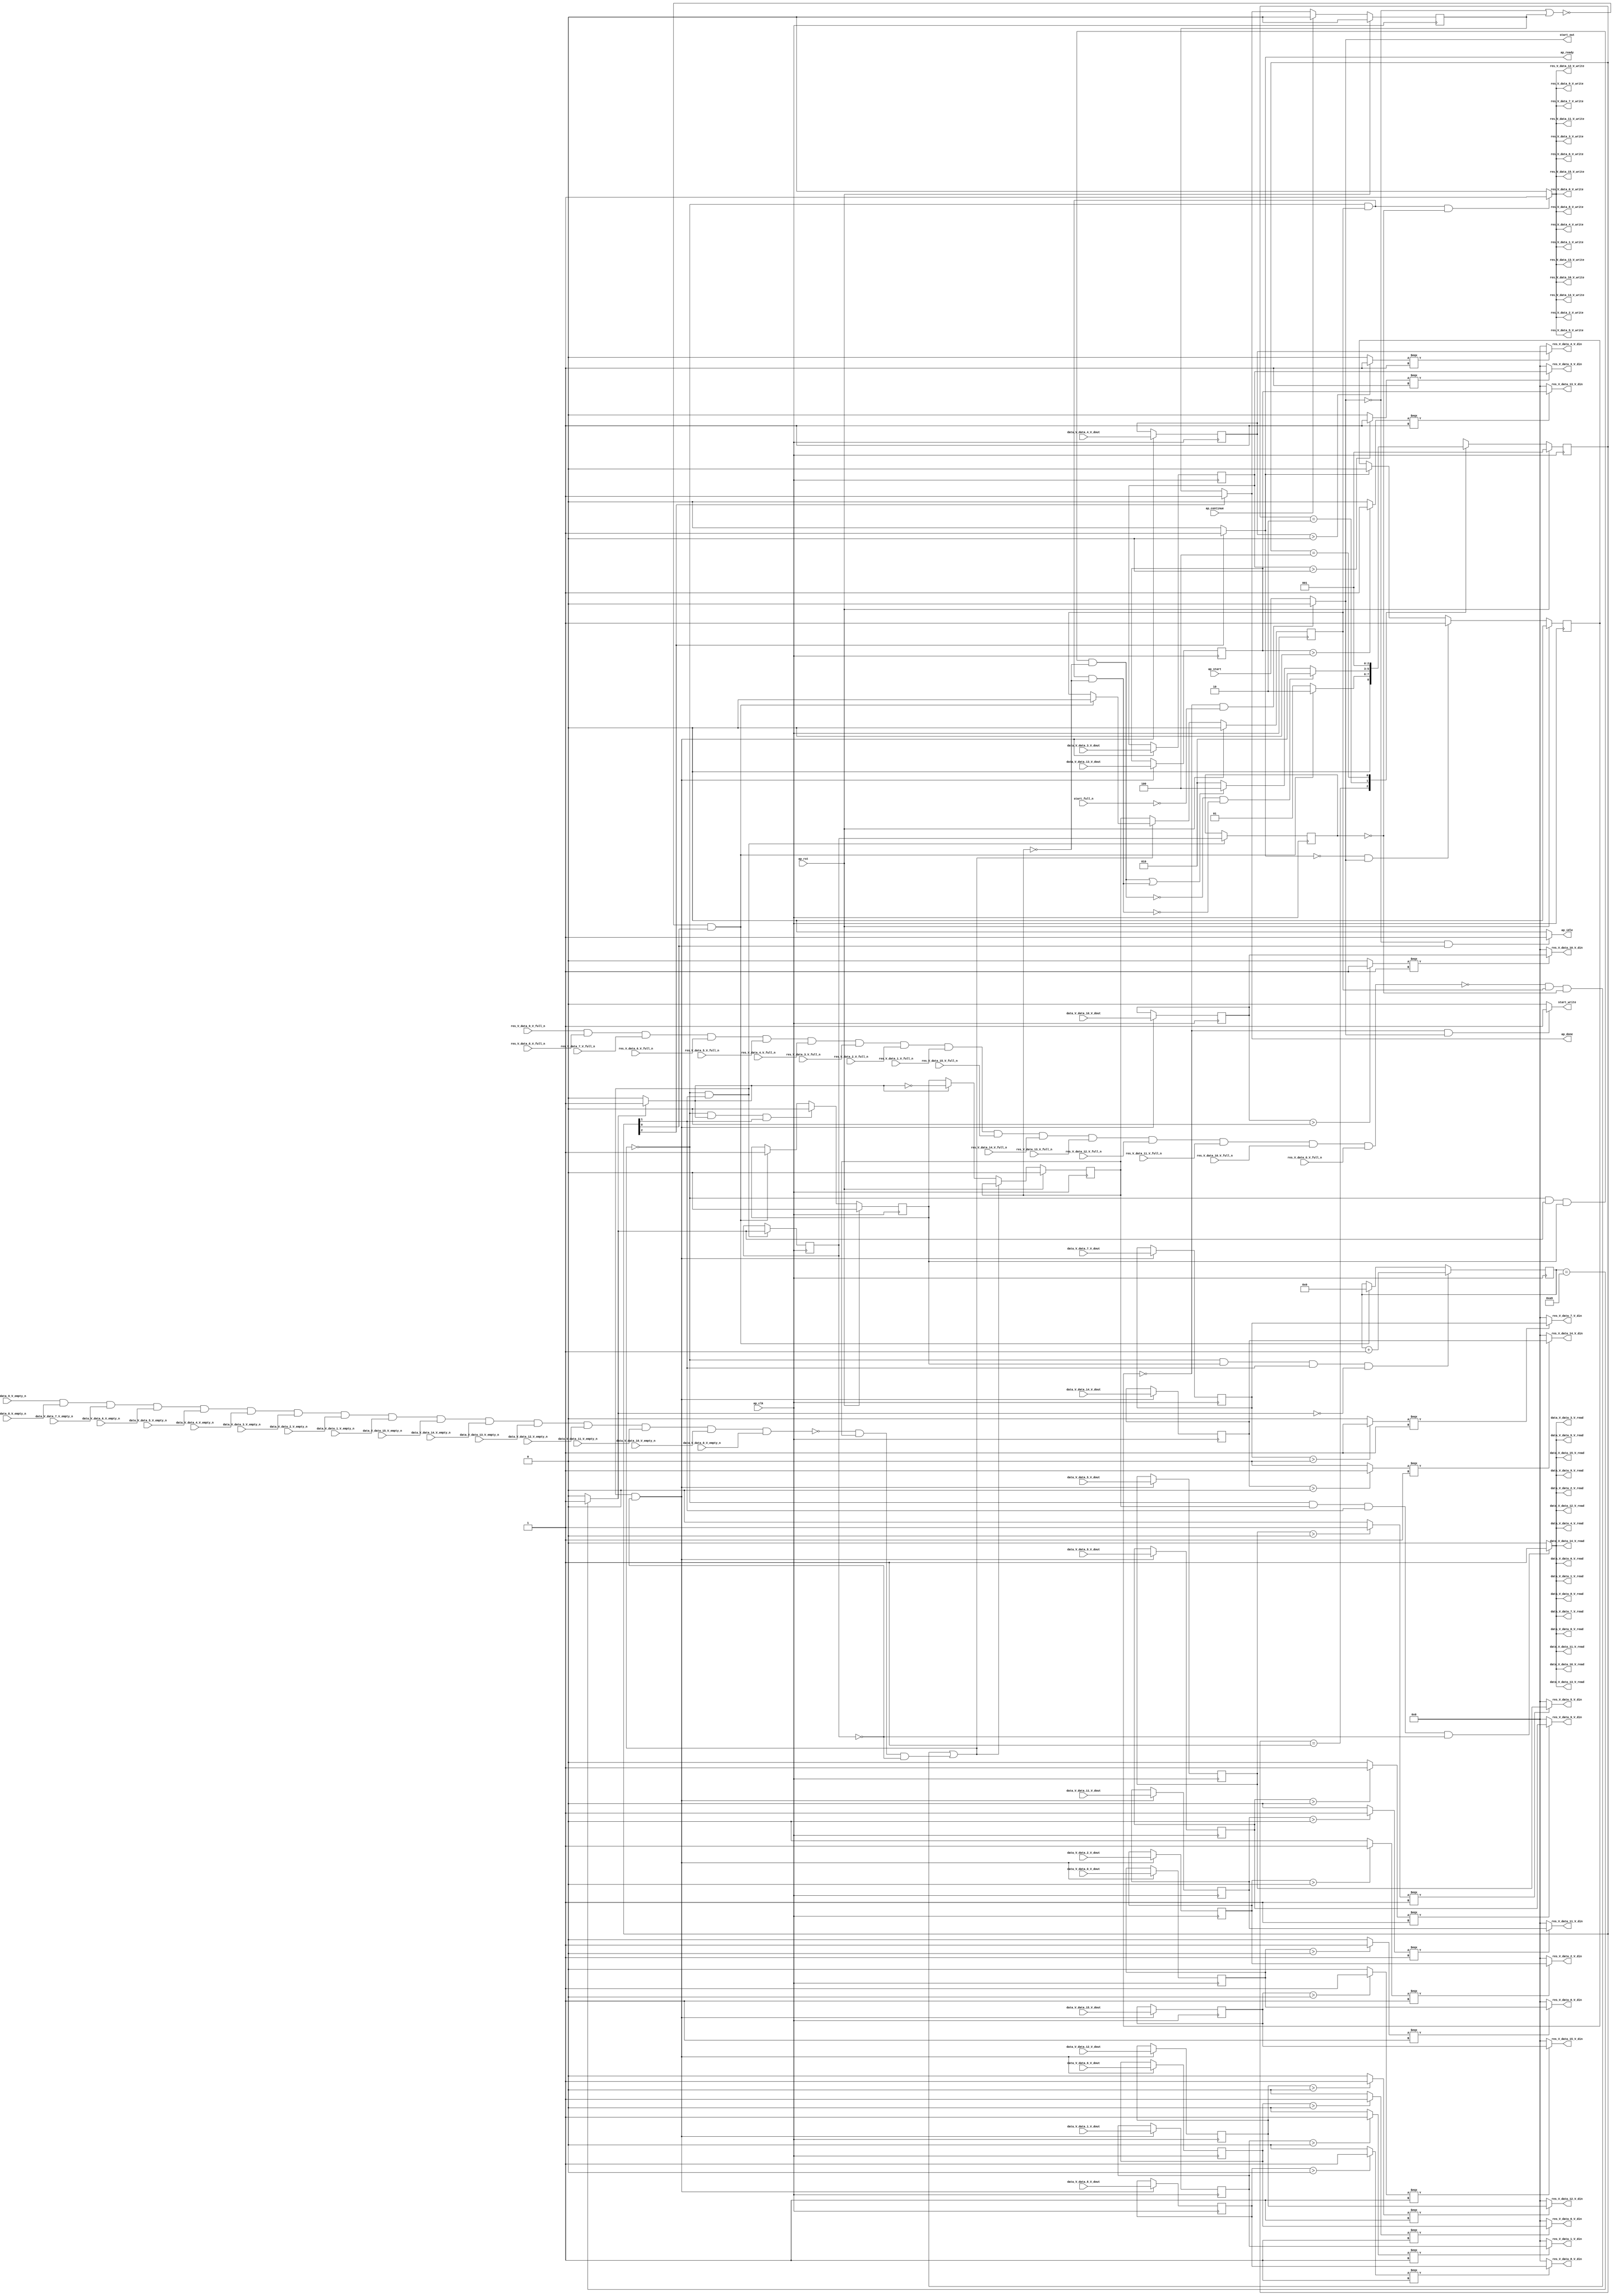
// ==============================================================
// RTL generated by Vivado(TM) HLS - High-Level Synthesis from C, C++ and OpenCL
// Version: 2019.2
// Copyright (C) 1986-2019 Xilinx, Inc. All Rights Reserved.
// 
// ===========================================================

`timescale 1 ns / 1 ps 

module relu_array_array_ap_fixed_16u_relu_config10_s (
        ap_clk,
        ap_rst,
        ap_start,
        start_full_n,
        ap_done,
        ap_continue,
        ap_idle,
        ap_ready,
        start_out,
        start_write,
        data_V_data_0_V_dout,
        data_V_data_0_V_empty_n,
        data_V_data_0_V_read,
        data_V_data_1_V_dout,
        data_V_data_1_V_empty_n,
        data_V_data_1_V_read,
        data_V_data_2_V_dout,
        data_V_data_2_V_empty_n,
        data_V_data_2_V_read,
        data_V_data_3_V_dout,
        data_V_data_3_V_empty_n,
        data_V_data_3_V_read,
        data_V_data_4_V_dout,
        data_V_data_4_V_empty_n,
        data_V_data_4_V_read,
        data_V_data_5_V_dout,
        data_V_data_5_V_empty_n,
        data_V_data_5_V_read,
        data_V_data_6_V_dout,
        data_V_data_6_V_empty_n,
        data_V_data_6_V_read,
        data_V_data_7_V_dout,
        data_V_data_7_V_empty_n,
        data_V_data_7_V_read,
        data_V_data_8_V_dout,
        data_V_data_8_V_empty_n,
        data_V_data_8_V_read,
        data_V_data_9_V_dout,
        data_V_data_9_V_empty_n,
        data_V_data_9_V_read,
        data_V_data_10_V_dout,
        data_V_data_10_V_empty_n,
        data_V_data_10_V_read,
        data_V_data_11_V_dout,
        data_V_data_11_V_empty_n,
        data_V_data_11_V_read,
        data_V_data_12_V_dout,
        data_V_data_12_V_empty_n,
        data_V_data_12_V_read,
        data_V_data_13_V_dout,
        data_V_data_13_V_empty_n,
        data_V_data_13_V_read,
        data_V_data_14_V_dout,
        data_V_data_14_V_empty_n,
        data_V_data_14_V_read,
        data_V_data_15_V_dout,
        data_V_data_15_V_empty_n,
        data_V_data_15_V_read,
        res_V_data_0_V_din,
        res_V_data_0_V_full_n,
        res_V_data_0_V_write,
        res_V_data_1_V_din,
        res_V_data_1_V_full_n,
        res_V_data_1_V_write,
        res_V_data_2_V_din,
        res_V_data_2_V_full_n,
        res_V_data_2_V_write,
        res_V_data_3_V_din,
        res_V_data_3_V_full_n,
        res_V_data_3_V_write,
        res_V_data_4_V_din,
        res_V_data_4_V_full_n,
        res_V_data_4_V_write,
        res_V_data_5_V_din,
        res_V_data_5_V_full_n,
        res_V_data_5_V_write,
        res_V_data_6_V_din,
        res_V_data_6_V_full_n,
        res_V_data_6_V_write,
        res_V_data_7_V_din,
        res_V_data_7_V_full_n,
        res_V_data_7_V_write,
        res_V_data_8_V_din,
        res_V_data_8_V_full_n,
        res_V_data_8_V_write,
        res_V_data_9_V_din,
        res_V_data_9_V_full_n,
        res_V_data_9_V_write,
        res_V_data_10_V_din,
        res_V_data_10_V_full_n,
        res_V_data_10_V_write,
        res_V_data_11_V_din,
        res_V_data_11_V_full_n,
        res_V_data_11_V_write,
        res_V_data_12_V_din,
        res_V_data_12_V_full_n,
        res_V_data_12_V_write,
        res_V_data_13_V_din,
        res_V_data_13_V_full_n,
        res_V_data_13_V_write,
        res_V_data_14_V_din,
        res_V_data_14_V_full_n,
        res_V_data_14_V_write,
        res_V_data_15_V_din,
        res_V_data_15_V_full_n,
        res_V_data_15_V_write
);

parameter    ap_ST_fsm_state1 = 3'd1;
parameter    ap_ST_fsm_pp0_stage0 = 3'd2;
parameter    ap_ST_fsm_state5 = 3'd4;

input   ap_clk;
input   ap_rst;
input   ap_start;
input   start_full_n;
output   ap_done;
input   ap_continue;
output   ap_idle;
output   ap_ready;
output   start_out;
output   start_write;
input  [15:0] data_V_data_0_V_dout;
input   data_V_data_0_V_empty_n;
output   data_V_data_0_V_read;
input  [15:0] data_V_data_1_V_dout;
input   data_V_data_1_V_empty_n;
output   data_V_data_1_V_read;
input  [15:0] data_V_data_2_V_dout;
input   data_V_data_2_V_empty_n;
output   data_V_data_2_V_read;
input  [15:0] data_V_data_3_V_dout;
input   data_V_data_3_V_empty_n;
output   data_V_data_3_V_read;
input  [15:0] data_V_data_4_V_dout;
input   data_V_data_4_V_empty_n;
output   data_V_data_4_V_read;
input  [15:0] data_V_data_5_V_dout;
input   data_V_data_5_V_empty_n;
output   data_V_data_5_V_read;
input  [15:0] data_V_data_6_V_dout;
input   data_V_data_6_V_empty_n;
output   data_V_data_6_V_read;
input  [15:0] data_V_data_7_V_dout;
input   data_V_data_7_V_empty_n;
output   data_V_data_7_V_read;
input  [15:0] data_V_data_8_V_dout;
input   data_V_data_8_V_empty_n;
output   data_V_data_8_V_read;
input  [15:0] data_V_data_9_V_dout;
input   data_V_data_9_V_empty_n;
output   data_V_data_9_V_read;
input  [15:0] data_V_data_10_V_dout;
input   data_V_data_10_V_empty_n;
output   data_V_data_10_V_read;
input  [15:0] data_V_data_11_V_dout;
input   data_V_data_11_V_empty_n;
output   data_V_data_11_V_read;
input  [15:0] data_V_data_12_V_dout;
input   data_V_data_12_V_empty_n;
output   data_V_data_12_V_read;
input  [15:0] data_V_data_13_V_dout;
input   data_V_data_13_V_empty_n;
output   data_V_data_13_V_read;
input  [15:0] data_V_data_14_V_dout;
input   data_V_data_14_V_empty_n;
output   data_V_data_14_V_read;
input  [15:0] data_V_data_15_V_dout;
input   data_V_data_15_V_empty_n;
output   data_V_data_15_V_read;
output  [15:0] res_V_data_0_V_din;
input   res_V_data_0_V_full_n;
output   res_V_data_0_V_write;
output  [15:0] res_V_data_1_V_din;
input   res_V_data_1_V_full_n;
output   res_V_data_1_V_write;
output  [15:0] res_V_data_2_V_din;
input   res_V_data_2_V_full_n;
output   res_V_data_2_V_write;
output  [15:0] res_V_data_3_V_din;
input   res_V_data_3_V_full_n;
output   res_V_data_3_V_write;
output  [15:0] res_V_data_4_V_din;
input   res_V_data_4_V_full_n;
output   res_V_data_4_V_write;
output  [15:0] res_V_data_5_V_din;
input   res_V_data_5_V_full_n;
output   res_V_data_5_V_write;
output  [15:0] res_V_data_6_V_din;
input   res_V_data_6_V_full_n;
output   res_V_data_6_V_write;
output  [15:0] res_V_data_7_V_din;
input   res_V_data_7_V_full_n;
output   res_V_data_7_V_write;
output  [15:0] res_V_data_8_V_din;
input   res_V_data_8_V_full_n;
output   res_V_data_8_V_write;
output  [15:0] res_V_data_9_V_din;
input   res_V_data_9_V_full_n;
output   res_V_data_9_V_write;
output  [15:0] res_V_data_10_V_din;
input   res_V_data_10_V_full_n;
output   res_V_data_10_V_write;
output  [15:0] res_V_data_11_V_din;
input   res_V_data_11_V_full_n;
output   res_V_data_11_V_write;
output  [15:0] res_V_data_12_V_din;
input   res_V_data_12_V_full_n;
output   res_V_data_12_V_write;
output  [15:0] res_V_data_13_V_din;
input   res_V_data_13_V_full_n;
output   res_V_data_13_V_write;
output  [15:0] res_V_data_14_V_din;
input   res_V_data_14_V_full_n;
output   res_V_data_14_V_write;
output  [15:0] res_V_data_15_V_din;
input   res_V_data_15_V_full_n;
output   res_V_data_15_V_write;

reg ap_done;
reg ap_idle;
reg start_write;
reg data_V_data_0_V_read;
reg data_V_data_1_V_read;
reg data_V_data_2_V_read;
reg data_V_data_3_V_read;
reg data_V_data_4_V_read;
reg data_V_data_5_V_read;
reg data_V_data_6_V_read;
reg data_V_data_7_V_read;
reg data_V_data_8_V_read;
reg data_V_data_9_V_read;
reg data_V_data_10_V_read;
reg data_V_data_11_V_read;
reg data_V_data_12_V_read;
reg data_V_data_13_V_read;
reg data_V_data_14_V_read;
reg data_V_data_15_V_read;
reg res_V_data_0_V_write;
reg res_V_data_1_V_write;
reg res_V_data_2_V_write;
reg res_V_data_3_V_write;
reg res_V_data_4_V_write;
reg res_V_data_5_V_write;
reg res_V_data_6_V_write;
reg res_V_data_7_V_write;
reg res_V_data_8_V_write;
reg res_V_data_9_V_write;
reg res_V_data_10_V_write;
reg res_V_data_11_V_write;
reg res_V_data_12_V_write;
reg res_V_data_13_V_write;
reg res_V_data_14_V_write;
reg res_V_data_15_V_write;

reg    real_start;
reg    start_once_reg;
reg    ap_done_reg;
(* fsm_encoding = "none" *) reg   [2:0] ap_CS_fsm;
wire    ap_CS_fsm_state1;
reg    internal_ap_ready;
reg    data_V_data_0_V_blk_n;
wire    ap_CS_fsm_pp0_stage0;
reg    ap_enable_reg_pp0_iter1;
wire    ap_block_pp0_stage0;
reg   [0:0] icmp_ln60_reg_873;
reg    data_V_data_1_V_blk_n;
reg    data_V_data_2_V_blk_n;
reg    data_V_data_3_V_blk_n;
reg    data_V_data_4_V_blk_n;
reg    data_V_data_5_V_blk_n;
reg    data_V_data_6_V_blk_n;
reg    data_V_data_7_V_blk_n;
reg    data_V_data_8_V_blk_n;
reg    data_V_data_9_V_blk_n;
reg    data_V_data_10_V_blk_n;
reg    data_V_data_11_V_blk_n;
reg    data_V_data_12_V_blk_n;
reg    data_V_data_13_V_blk_n;
reg    data_V_data_14_V_blk_n;
reg    data_V_data_15_V_blk_n;
reg    res_V_data_0_V_blk_n;
reg    ap_enable_reg_pp0_iter2;
reg   [0:0] icmp_ln60_reg_873_pp0_iter1_reg;
reg    res_V_data_1_V_blk_n;
reg    res_V_data_2_V_blk_n;
reg    res_V_data_3_V_blk_n;
reg    res_V_data_4_V_blk_n;
reg    res_V_data_5_V_blk_n;
reg    res_V_data_6_V_blk_n;
reg    res_V_data_7_V_blk_n;
reg    res_V_data_8_V_blk_n;
reg    res_V_data_9_V_blk_n;
reg    res_V_data_10_V_blk_n;
reg    res_V_data_11_V_blk_n;
reg    res_V_data_12_V_blk_n;
reg    res_V_data_13_V_blk_n;
reg    res_V_data_14_V_blk_n;
reg    res_V_data_15_V_blk_n;
reg   [7:0] i_0_reg_578;
wire   [0:0] icmp_ln60_fu_589_p2;
wire    ap_block_state2_pp0_stage0_iter0;
wire    io_acc_block_signal_op44;
reg    ap_block_state3_pp0_stage0_iter1;
wire    io_acc_block_signal_op96;
reg    ap_block_state4_pp0_stage0_iter2;
reg    ap_block_pp0_stage0_11001;
wire   [7:0] i_fu_595_p2;
reg    ap_enable_reg_pp0_iter0;
reg   [15:0] tmp_data_V_0_reg_882;
reg   [15:0] tmp_data_V_1_reg_888;
reg   [15:0] tmp_data_V_2_reg_894;
reg   [15:0] tmp_data_V_3_reg_900;
reg   [15:0] tmp_data_V_4_reg_906;
reg   [15:0] tmp_data_V_5_reg_912;
reg   [15:0] tmp_data_V_621_reg_918;
reg   [15:0] tmp_data_V_7_reg_924;
reg   [15:0] tmp_data_V_8_reg_930;
reg   [15:0] tmp_data_V_9_reg_936;
reg   [15:0] tmp_data_V_10_reg_942;
reg   [15:0] tmp_data_V_11_reg_948;
reg   [15:0] tmp_data_V_12_reg_954;
reg   [15:0] tmp_data_V_13_reg_960;
reg   [15:0] tmp_data_V_14_reg_966;
reg   [15:0] tmp_data_V_15_reg_972;
reg    ap_block_state1;
reg    ap_block_pp0_stage0_subdone;
reg    ap_condition_pp0_exit_iter0_state2;
reg    ap_block_pp0_stage0_01001;
wire   [0:0] icmp_ln1494_fu_665_p2;
wire   [0:0] icmp_ln1494_1_fu_678_p2;
wire   [0:0] icmp_ln1494_2_fu_691_p2;
wire   [0:0] icmp_ln1494_3_fu_704_p2;
wire   [0:0] icmp_ln1494_4_fu_717_p2;
wire   [0:0] icmp_ln1494_5_fu_730_p2;
wire   [0:0] icmp_ln1494_6_fu_743_p2;
wire   [0:0] icmp_ln1494_7_fu_756_p2;
wire   [0:0] icmp_ln1494_8_fu_769_p2;
wire   [0:0] icmp_ln1494_9_fu_782_p2;
wire   [0:0] icmp_ln1494_10_fu_795_p2;
wire   [0:0] icmp_ln1494_11_fu_808_p2;
wire   [0:0] icmp_ln1494_12_fu_821_p2;
wire   [0:0] icmp_ln1494_13_fu_834_p2;
wire   [0:0] icmp_ln1494_14_fu_847_p2;
wire   [0:0] icmp_ln1494_15_fu_860_p2;
wire    ap_CS_fsm_state5;
reg   [2:0] ap_NS_fsm;
reg    ap_idle_pp0;
wire    ap_enable_pp0;

// power-on initialization
initial begin
#0 start_once_reg = 1'b0;
#0 ap_done_reg = 1'b0;
#0 ap_CS_fsm = 3'd1;
#0 ap_enable_reg_pp0_iter1 = 1'b0;
#0 ap_enable_reg_pp0_iter2 = 1'b0;
#0 ap_enable_reg_pp0_iter0 = 1'b0;
end

always @ (posedge ap_clk) begin
    if (ap_rst == 1'b1) begin
        ap_CS_fsm <= ap_ST_fsm_state1;
    end else begin
        ap_CS_fsm <= ap_NS_fsm;
    end
end

always @ (posedge ap_clk) begin
    if (ap_rst == 1'b1) begin
        ap_done_reg <= 1'b0;
    end else begin
        if ((ap_continue == 1'b1)) begin
            ap_done_reg <= 1'b0;
        end else if ((1'b1 == ap_CS_fsm_state5)) begin
            ap_done_reg <= 1'b1;
        end
    end
end

always @ (posedge ap_clk) begin
    if (ap_rst == 1'b1) begin
        ap_enable_reg_pp0_iter0 <= 1'b0;
    end else begin
        if (((1'b0 == ap_block_pp0_stage0_subdone) & (1'b1 == ap_condition_pp0_exit_iter0_state2) & (1'b1 == ap_CS_fsm_pp0_stage0))) begin
            ap_enable_reg_pp0_iter0 <= 1'b0;
        end else if ((~((real_start == 1'b0) | (ap_done_reg == 1'b1)) & (1'b1 == ap_CS_fsm_state1))) begin
            ap_enable_reg_pp0_iter0 <= 1'b1;
        end
    end
end

always @ (posedge ap_clk) begin
    if (ap_rst == 1'b1) begin
        ap_enable_reg_pp0_iter1 <= 1'b0;
    end else begin
        if ((1'b0 == ap_block_pp0_stage0_subdone)) begin
            if ((1'b1 == ap_condition_pp0_exit_iter0_state2)) begin
                ap_enable_reg_pp0_iter1 <= (1'b1 ^ ap_condition_pp0_exit_iter0_state2);
            end else if ((1'b1 == 1'b1)) begin
                ap_enable_reg_pp0_iter1 <= ap_enable_reg_pp0_iter0;
            end
        end
    end
end

always @ (posedge ap_clk) begin
    if (ap_rst == 1'b1) begin
        ap_enable_reg_pp0_iter2 <= 1'b0;
    end else begin
        if ((1'b0 == ap_block_pp0_stage0_subdone)) begin
            ap_enable_reg_pp0_iter2 <= ap_enable_reg_pp0_iter1;
        end else if ((~((real_start == 1'b0) | (ap_done_reg == 1'b1)) & (1'b1 == ap_CS_fsm_state1))) begin
            ap_enable_reg_pp0_iter2 <= 1'b0;
        end
    end
end

always @ (posedge ap_clk) begin
    if (ap_rst == 1'b1) begin
        start_once_reg <= 1'b0;
    end else begin
        if (((internal_ap_ready == 1'b0) & (real_start == 1'b1))) begin
            start_once_reg <= 1'b1;
        end else if ((internal_ap_ready == 1'b1)) begin
            start_once_reg <= 1'b0;
        end
    end
end

always @ (posedge ap_clk) begin
    if (((1'b0 == ap_block_pp0_stage0_11001) & (ap_enable_reg_pp0_iter0 == 1'b1) & (1'b1 == ap_CS_fsm_pp0_stage0) & (icmp_ln60_fu_589_p2 == 1'd0))) begin
        i_0_reg_578 <= i_fu_595_p2;
    end else if ((~((real_start == 1'b0) | (ap_done_reg == 1'b1)) & (1'b1 == ap_CS_fsm_state1))) begin
        i_0_reg_578 <= 8'd0;
    end
end

always @ (posedge ap_clk) begin
    if (((1'b0 == ap_block_pp0_stage0_11001) & (1'b1 == ap_CS_fsm_pp0_stage0))) begin
        icmp_ln60_reg_873 <= icmp_ln60_fu_589_p2;
        icmp_ln60_reg_873_pp0_iter1_reg <= icmp_ln60_reg_873;
    end
end

always @ (posedge ap_clk) begin
    if (((1'b0 == ap_block_pp0_stage0_11001) & (1'b1 == ap_CS_fsm_pp0_stage0) & (icmp_ln60_reg_873 == 1'd0))) begin
        tmp_data_V_0_reg_882 <= data_V_data_0_V_dout;
        tmp_data_V_10_reg_942 <= data_V_data_10_V_dout;
        tmp_data_V_11_reg_948 <= data_V_data_11_V_dout;
        tmp_data_V_12_reg_954 <= data_V_data_12_V_dout;
        tmp_data_V_13_reg_960 <= data_V_data_13_V_dout;
        tmp_data_V_14_reg_966 <= data_V_data_14_V_dout;
        tmp_data_V_15_reg_972 <= data_V_data_15_V_dout;
        tmp_data_V_1_reg_888 <= data_V_data_1_V_dout;
        tmp_data_V_2_reg_894 <= data_V_data_2_V_dout;
        tmp_data_V_3_reg_900 <= data_V_data_3_V_dout;
        tmp_data_V_4_reg_906 <= data_V_data_4_V_dout;
        tmp_data_V_5_reg_912 <= data_V_data_5_V_dout;
        tmp_data_V_621_reg_918 <= data_V_data_6_V_dout;
        tmp_data_V_7_reg_924 <= data_V_data_7_V_dout;
        tmp_data_V_8_reg_930 <= data_V_data_8_V_dout;
        tmp_data_V_9_reg_936 <= data_V_data_9_V_dout;
    end
end

always @ (*) begin
    if ((icmp_ln60_fu_589_p2 == 1'd1)) begin
        ap_condition_pp0_exit_iter0_state2 = 1'b1;
    end else begin
        ap_condition_pp0_exit_iter0_state2 = 1'b0;
    end
end

always @ (*) begin
    if ((1'b1 == ap_CS_fsm_state5)) begin
        ap_done = 1'b1;
    end else begin
        ap_done = ap_done_reg;
    end
end

always @ (*) begin
    if (((real_start == 1'b0) & (1'b1 == ap_CS_fsm_state1))) begin
        ap_idle = 1'b1;
    end else begin
        ap_idle = 1'b0;
    end
end

always @ (*) begin
    if (((ap_enable_reg_pp0_iter0 == 1'b0) & (ap_enable_reg_pp0_iter2 == 1'b0) & (ap_enable_reg_pp0_iter1 == 1'b0))) begin
        ap_idle_pp0 = 1'b1;
    end else begin
        ap_idle_pp0 = 1'b0;
    end
end

always @ (*) begin
    if (((ap_enable_reg_pp0_iter1 == 1'b1) & (1'b1 == ap_CS_fsm_pp0_stage0) & (icmp_ln60_reg_873 == 1'd0) & (1'b0 == ap_block_pp0_stage0))) begin
        data_V_data_0_V_blk_n = data_V_data_0_V_empty_n;
    end else begin
        data_V_data_0_V_blk_n = 1'b1;
    end
end

always @ (*) begin
    if (((1'b0 == ap_block_pp0_stage0_11001) & (ap_enable_reg_pp0_iter1 == 1'b1) & (1'b1 == ap_CS_fsm_pp0_stage0) & (icmp_ln60_reg_873 == 1'd0))) begin
        data_V_data_0_V_read = 1'b1;
    end else begin
        data_V_data_0_V_read = 1'b0;
    end
end

always @ (*) begin
    if (((ap_enable_reg_pp0_iter1 == 1'b1) & (1'b1 == ap_CS_fsm_pp0_stage0) & (icmp_ln60_reg_873 == 1'd0) & (1'b0 == ap_block_pp0_stage0))) begin
        data_V_data_10_V_blk_n = data_V_data_10_V_empty_n;
    end else begin
        data_V_data_10_V_blk_n = 1'b1;
    end
end

always @ (*) begin
    if (((1'b0 == ap_block_pp0_stage0_11001) & (ap_enable_reg_pp0_iter1 == 1'b1) & (1'b1 == ap_CS_fsm_pp0_stage0) & (icmp_ln60_reg_873 == 1'd0))) begin
        data_V_data_10_V_read = 1'b1;
    end else begin
        data_V_data_10_V_read = 1'b0;
    end
end

always @ (*) begin
    if (((ap_enable_reg_pp0_iter1 == 1'b1) & (1'b1 == ap_CS_fsm_pp0_stage0) & (icmp_ln60_reg_873 == 1'd0) & (1'b0 == ap_block_pp0_stage0))) begin
        data_V_data_11_V_blk_n = data_V_data_11_V_empty_n;
    end else begin
        data_V_data_11_V_blk_n = 1'b1;
    end
end

always @ (*) begin
    if (((1'b0 == ap_block_pp0_stage0_11001) & (ap_enable_reg_pp0_iter1 == 1'b1) & (1'b1 == ap_CS_fsm_pp0_stage0) & (icmp_ln60_reg_873 == 1'd0))) begin
        data_V_data_11_V_read = 1'b1;
    end else begin
        data_V_data_11_V_read = 1'b0;
    end
end

always @ (*) begin
    if (((ap_enable_reg_pp0_iter1 == 1'b1) & (1'b1 == ap_CS_fsm_pp0_stage0) & (icmp_ln60_reg_873 == 1'd0) & (1'b0 == ap_block_pp0_stage0))) begin
        data_V_data_12_V_blk_n = data_V_data_12_V_empty_n;
    end else begin
        data_V_data_12_V_blk_n = 1'b1;
    end
end

always @ (*) begin
    if (((1'b0 == ap_block_pp0_stage0_11001) & (ap_enable_reg_pp0_iter1 == 1'b1) & (1'b1 == ap_CS_fsm_pp0_stage0) & (icmp_ln60_reg_873 == 1'd0))) begin
        data_V_data_12_V_read = 1'b1;
    end else begin
        data_V_data_12_V_read = 1'b0;
    end
end

always @ (*) begin
    if (((ap_enable_reg_pp0_iter1 == 1'b1) & (1'b1 == ap_CS_fsm_pp0_stage0) & (icmp_ln60_reg_873 == 1'd0) & (1'b0 == ap_block_pp0_stage0))) begin
        data_V_data_13_V_blk_n = data_V_data_13_V_empty_n;
    end else begin
        data_V_data_13_V_blk_n = 1'b1;
    end
end

always @ (*) begin
    if (((1'b0 == ap_block_pp0_stage0_11001) & (ap_enable_reg_pp0_iter1 == 1'b1) & (1'b1 == ap_CS_fsm_pp0_stage0) & (icmp_ln60_reg_873 == 1'd0))) begin
        data_V_data_13_V_read = 1'b1;
    end else begin
        data_V_data_13_V_read = 1'b0;
    end
end

always @ (*) begin
    if (((ap_enable_reg_pp0_iter1 == 1'b1) & (1'b1 == ap_CS_fsm_pp0_stage0) & (icmp_ln60_reg_873 == 1'd0) & (1'b0 == ap_block_pp0_stage0))) begin
        data_V_data_14_V_blk_n = data_V_data_14_V_empty_n;
    end else begin
        data_V_data_14_V_blk_n = 1'b1;
    end
end

always @ (*) begin
    if (((1'b0 == ap_block_pp0_stage0_11001) & (ap_enable_reg_pp0_iter1 == 1'b1) & (1'b1 == ap_CS_fsm_pp0_stage0) & (icmp_ln60_reg_873 == 1'd0))) begin
        data_V_data_14_V_read = 1'b1;
    end else begin
        data_V_data_14_V_read = 1'b0;
    end
end

always @ (*) begin
    if (((ap_enable_reg_pp0_iter1 == 1'b1) & (1'b1 == ap_CS_fsm_pp0_stage0) & (icmp_ln60_reg_873 == 1'd0) & (1'b0 == ap_block_pp0_stage0))) begin
        data_V_data_15_V_blk_n = data_V_data_15_V_empty_n;
    end else begin
        data_V_data_15_V_blk_n = 1'b1;
    end
end

always @ (*) begin
    if (((1'b0 == ap_block_pp0_stage0_11001) & (ap_enable_reg_pp0_iter1 == 1'b1) & (1'b1 == ap_CS_fsm_pp0_stage0) & (icmp_ln60_reg_873 == 1'd0))) begin
        data_V_data_15_V_read = 1'b1;
    end else begin
        data_V_data_15_V_read = 1'b0;
    end
end

always @ (*) begin
    if (((ap_enable_reg_pp0_iter1 == 1'b1) & (1'b1 == ap_CS_fsm_pp0_stage0) & (icmp_ln60_reg_873 == 1'd0) & (1'b0 == ap_block_pp0_stage0))) begin
        data_V_data_1_V_blk_n = data_V_data_1_V_empty_n;
    end else begin
        data_V_data_1_V_blk_n = 1'b1;
    end
end

always @ (*) begin
    if (((1'b0 == ap_block_pp0_stage0_11001) & (ap_enable_reg_pp0_iter1 == 1'b1) & (1'b1 == ap_CS_fsm_pp0_stage0) & (icmp_ln60_reg_873 == 1'd0))) begin
        data_V_data_1_V_read = 1'b1;
    end else begin
        data_V_data_1_V_read = 1'b0;
    end
end

always @ (*) begin
    if (((ap_enable_reg_pp0_iter1 == 1'b1) & (1'b1 == ap_CS_fsm_pp0_stage0) & (icmp_ln60_reg_873 == 1'd0) & (1'b0 == ap_block_pp0_stage0))) begin
        data_V_data_2_V_blk_n = data_V_data_2_V_empty_n;
    end else begin
        data_V_data_2_V_blk_n = 1'b1;
    end
end

always @ (*) begin
    if (((1'b0 == ap_block_pp0_stage0_11001) & (ap_enable_reg_pp0_iter1 == 1'b1) & (1'b1 == ap_CS_fsm_pp0_stage0) & (icmp_ln60_reg_873 == 1'd0))) begin
        data_V_data_2_V_read = 1'b1;
    end else begin
        data_V_data_2_V_read = 1'b0;
    end
end

always @ (*) begin
    if (((ap_enable_reg_pp0_iter1 == 1'b1) & (1'b1 == ap_CS_fsm_pp0_stage0) & (icmp_ln60_reg_873 == 1'd0) & (1'b0 == ap_block_pp0_stage0))) begin
        data_V_data_3_V_blk_n = data_V_data_3_V_empty_n;
    end else begin
        data_V_data_3_V_blk_n = 1'b1;
    end
end

always @ (*) begin
    if (((1'b0 == ap_block_pp0_stage0_11001) & (ap_enable_reg_pp0_iter1 == 1'b1) & (1'b1 == ap_CS_fsm_pp0_stage0) & (icmp_ln60_reg_873 == 1'd0))) begin
        data_V_data_3_V_read = 1'b1;
    end else begin
        data_V_data_3_V_read = 1'b0;
    end
end

always @ (*) begin
    if (((ap_enable_reg_pp0_iter1 == 1'b1) & (1'b1 == ap_CS_fsm_pp0_stage0) & (icmp_ln60_reg_873 == 1'd0) & (1'b0 == ap_block_pp0_stage0))) begin
        data_V_data_4_V_blk_n = data_V_data_4_V_empty_n;
    end else begin
        data_V_data_4_V_blk_n = 1'b1;
    end
end

always @ (*) begin
    if (((1'b0 == ap_block_pp0_stage0_11001) & (ap_enable_reg_pp0_iter1 == 1'b1) & (1'b1 == ap_CS_fsm_pp0_stage0) & (icmp_ln60_reg_873 == 1'd0))) begin
        data_V_data_4_V_read = 1'b1;
    end else begin
        data_V_data_4_V_read = 1'b0;
    end
end

always @ (*) begin
    if (((ap_enable_reg_pp0_iter1 == 1'b1) & (1'b1 == ap_CS_fsm_pp0_stage0) & (icmp_ln60_reg_873 == 1'd0) & (1'b0 == ap_block_pp0_stage0))) begin
        data_V_data_5_V_blk_n = data_V_data_5_V_empty_n;
    end else begin
        data_V_data_5_V_blk_n = 1'b1;
    end
end

always @ (*) begin
    if (((1'b0 == ap_block_pp0_stage0_11001) & (ap_enable_reg_pp0_iter1 == 1'b1) & (1'b1 == ap_CS_fsm_pp0_stage0) & (icmp_ln60_reg_873 == 1'd0))) begin
        data_V_data_5_V_read = 1'b1;
    end else begin
        data_V_data_5_V_read = 1'b0;
    end
end

always @ (*) begin
    if (((ap_enable_reg_pp0_iter1 == 1'b1) & (1'b1 == ap_CS_fsm_pp0_stage0) & (icmp_ln60_reg_873 == 1'd0) & (1'b0 == ap_block_pp0_stage0))) begin
        data_V_data_6_V_blk_n = data_V_data_6_V_empty_n;
    end else begin
        data_V_data_6_V_blk_n = 1'b1;
    end
end

always @ (*) begin
    if (((1'b0 == ap_block_pp0_stage0_11001) & (ap_enable_reg_pp0_iter1 == 1'b1) & (1'b1 == ap_CS_fsm_pp0_stage0) & (icmp_ln60_reg_873 == 1'd0))) begin
        data_V_data_6_V_read = 1'b1;
    end else begin
        data_V_data_6_V_read = 1'b0;
    end
end

always @ (*) begin
    if (((ap_enable_reg_pp0_iter1 == 1'b1) & (1'b1 == ap_CS_fsm_pp0_stage0) & (icmp_ln60_reg_873 == 1'd0) & (1'b0 == ap_block_pp0_stage0))) begin
        data_V_data_7_V_blk_n = data_V_data_7_V_empty_n;
    end else begin
        data_V_data_7_V_blk_n = 1'b1;
    end
end

always @ (*) begin
    if (((1'b0 == ap_block_pp0_stage0_11001) & (ap_enable_reg_pp0_iter1 == 1'b1) & (1'b1 == ap_CS_fsm_pp0_stage0) & (icmp_ln60_reg_873 == 1'd0))) begin
        data_V_data_7_V_read = 1'b1;
    end else begin
        data_V_data_7_V_read = 1'b0;
    end
end

always @ (*) begin
    if (((ap_enable_reg_pp0_iter1 == 1'b1) & (1'b1 == ap_CS_fsm_pp0_stage0) & (icmp_ln60_reg_873 == 1'd0) & (1'b0 == ap_block_pp0_stage0))) begin
        data_V_data_8_V_blk_n = data_V_data_8_V_empty_n;
    end else begin
        data_V_data_8_V_blk_n = 1'b1;
    end
end

always @ (*) begin
    if (((1'b0 == ap_block_pp0_stage0_11001) & (ap_enable_reg_pp0_iter1 == 1'b1) & (1'b1 == ap_CS_fsm_pp0_stage0) & (icmp_ln60_reg_873 == 1'd0))) begin
        data_V_data_8_V_read = 1'b1;
    end else begin
        data_V_data_8_V_read = 1'b0;
    end
end

always @ (*) begin
    if (((ap_enable_reg_pp0_iter1 == 1'b1) & (1'b1 == ap_CS_fsm_pp0_stage0) & (icmp_ln60_reg_873 == 1'd0) & (1'b0 == ap_block_pp0_stage0))) begin
        data_V_data_9_V_blk_n = data_V_data_9_V_empty_n;
    end else begin
        data_V_data_9_V_blk_n = 1'b1;
    end
end

always @ (*) begin
    if (((1'b0 == ap_block_pp0_stage0_11001) & (ap_enable_reg_pp0_iter1 == 1'b1) & (1'b1 == ap_CS_fsm_pp0_stage0) & (icmp_ln60_reg_873 == 1'd0))) begin
        data_V_data_9_V_read = 1'b1;
    end else begin
        data_V_data_9_V_read = 1'b0;
    end
end

always @ (*) begin
    if ((1'b1 == ap_CS_fsm_state5)) begin
        internal_ap_ready = 1'b1;
    end else begin
        internal_ap_ready = 1'b0;
    end
end

always @ (*) begin
    if (((start_once_reg == 1'b0) & (start_full_n == 1'b0))) begin
        real_start = 1'b0;
    end else begin
        real_start = ap_start;
    end
end

always @ (*) begin
    if (((ap_enable_reg_pp0_iter2 == 1'b1) & (icmp_ln60_reg_873_pp0_iter1_reg == 1'd0) & (1'b0 == ap_block_pp0_stage0))) begin
        res_V_data_0_V_blk_n = res_V_data_0_V_full_n;
    end else begin
        res_V_data_0_V_blk_n = 1'b1;
    end
end

always @ (*) begin
    if (((1'b0 == ap_block_pp0_stage0_11001) & (ap_enable_reg_pp0_iter2 == 1'b1) & (icmp_ln60_reg_873_pp0_iter1_reg == 1'd0))) begin
        res_V_data_0_V_write = 1'b1;
    end else begin
        res_V_data_0_V_write = 1'b0;
    end
end

always @ (*) begin
    if (((ap_enable_reg_pp0_iter2 == 1'b1) & (icmp_ln60_reg_873_pp0_iter1_reg == 1'd0) & (1'b0 == ap_block_pp0_stage0))) begin
        res_V_data_10_V_blk_n = res_V_data_10_V_full_n;
    end else begin
        res_V_data_10_V_blk_n = 1'b1;
    end
end

always @ (*) begin
    if (((1'b0 == ap_block_pp0_stage0_11001) & (ap_enable_reg_pp0_iter2 == 1'b1) & (icmp_ln60_reg_873_pp0_iter1_reg == 1'd0))) begin
        res_V_data_10_V_write = 1'b1;
    end else begin
        res_V_data_10_V_write = 1'b0;
    end
end

always @ (*) begin
    if (((ap_enable_reg_pp0_iter2 == 1'b1) & (icmp_ln60_reg_873_pp0_iter1_reg == 1'd0) & (1'b0 == ap_block_pp0_stage0))) begin
        res_V_data_11_V_blk_n = res_V_data_11_V_full_n;
    end else begin
        res_V_data_11_V_blk_n = 1'b1;
    end
end

always @ (*) begin
    if (((1'b0 == ap_block_pp0_stage0_11001) & (ap_enable_reg_pp0_iter2 == 1'b1) & (icmp_ln60_reg_873_pp0_iter1_reg == 1'd0))) begin
        res_V_data_11_V_write = 1'b1;
    end else begin
        res_V_data_11_V_write = 1'b0;
    end
end

always @ (*) begin
    if (((ap_enable_reg_pp0_iter2 == 1'b1) & (icmp_ln60_reg_873_pp0_iter1_reg == 1'd0) & (1'b0 == ap_block_pp0_stage0))) begin
        res_V_data_12_V_blk_n = res_V_data_12_V_full_n;
    end else begin
        res_V_data_12_V_blk_n = 1'b1;
    end
end

always @ (*) begin
    if (((1'b0 == ap_block_pp0_stage0_11001) & (ap_enable_reg_pp0_iter2 == 1'b1) & (icmp_ln60_reg_873_pp0_iter1_reg == 1'd0))) begin
        res_V_data_12_V_write = 1'b1;
    end else begin
        res_V_data_12_V_write = 1'b0;
    end
end

always @ (*) begin
    if (((ap_enable_reg_pp0_iter2 == 1'b1) & (icmp_ln60_reg_873_pp0_iter1_reg == 1'd0) & (1'b0 == ap_block_pp0_stage0))) begin
        res_V_data_13_V_blk_n = res_V_data_13_V_full_n;
    end else begin
        res_V_data_13_V_blk_n = 1'b1;
    end
end

always @ (*) begin
    if (((1'b0 == ap_block_pp0_stage0_11001) & (ap_enable_reg_pp0_iter2 == 1'b1) & (icmp_ln60_reg_873_pp0_iter1_reg == 1'd0))) begin
        res_V_data_13_V_write = 1'b1;
    end else begin
        res_V_data_13_V_write = 1'b0;
    end
end

always @ (*) begin
    if (((ap_enable_reg_pp0_iter2 == 1'b1) & (icmp_ln60_reg_873_pp0_iter1_reg == 1'd0) & (1'b0 == ap_block_pp0_stage0))) begin
        res_V_data_14_V_blk_n = res_V_data_14_V_full_n;
    end else begin
        res_V_data_14_V_blk_n = 1'b1;
    end
end

always @ (*) begin
    if (((1'b0 == ap_block_pp0_stage0_11001) & (ap_enable_reg_pp0_iter2 == 1'b1) & (icmp_ln60_reg_873_pp0_iter1_reg == 1'd0))) begin
        res_V_data_14_V_write = 1'b1;
    end else begin
        res_V_data_14_V_write = 1'b0;
    end
end

always @ (*) begin
    if (((ap_enable_reg_pp0_iter2 == 1'b1) & (icmp_ln60_reg_873_pp0_iter1_reg == 1'd0) & (1'b0 == ap_block_pp0_stage0))) begin
        res_V_data_15_V_blk_n = res_V_data_15_V_full_n;
    end else begin
        res_V_data_15_V_blk_n = 1'b1;
    end
end

always @ (*) begin
    if (((1'b0 == ap_block_pp0_stage0_11001) & (ap_enable_reg_pp0_iter2 == 1'b1) & (icmp_ln60_reg_873_pp0_iter1_reg == 1'd0))) begin
        res_V_data_15_V_write = 1'b1;
    end else begin
        res_V_data_15_V_write = 1'b0;
    end
end

always @ (*) begin
    if (((ap_enable_reg_pp0_iter2 == 1'b1) & (icmp_ln60_reg_873_pp0_iter1_reg == 1'd0) & (1'b0 == ap_block_pp0_stage0))) begin
        res_V_data_1_V_blk_n = res_V_data_1_V_full_n;
    end else begin
        res_V_data_1_V_blk_n = 1'b1;
    end
end

always @ (*) begin
    if (((1'b0 == ap_block_pp0_stage0_11001) & (ap_enable_reg_pp0_iter2 == 1'b1) & (icmp_ln60_reg_873_pp0_iter1_reg == 1'd0))) begin
        res_V_data_1_V_write = 1'b1;
    end else begin
        res_V_data_1_V_write = 1'b0;
    end
end

always @ (*) begin
    if (((ap_enable_reg_pp0_iter2 == 1'b1) & (icmp_ln60_reg_873_pp0_iter1_reg == 1'd0) & (1'b0 == ap_block_pp0_stage0))) begin
        res_V_data_2_V_blk_n = res_V_data_2_V_full_n;
    end else begin
        res_V_data_2_V_blk_n = 1'b1;
    end
end

always @ (*) begin
    if (((1'b0 == ap_block_pp0_stage0_11001) & (ap_enable_reg_pp0_iter2 == 1'b1) & (icmp_ln60_reg_873_pp0_iter1_reg == 1'd0))) begin
        res_V_data_2_V_write = 1'b1;
    end else begin
        res_V_data_2_V_write = 1'b0;
    end
end

always @ (*) begin
    if (((ap_enable_reg_pp0_iter2 == 1'b1) & (icmp_ln60_reg_873_pp0_iter1_reg == 1'd0) & (1'b0 == ap_block_pp0_stage0))) begin
        res_V_data_3_V_blk_n = res_V_data_3_V_full_n;
    end else begin
        res_V_data_3_V_blk_n = 1'b1;
    end
end

always @ (*) begin
    if (((1'b0 == ap_block_pp0_stage0_11001) & (ap_enable_reg_pp0_iter2 == 1'b1) & (icmp_ln60_reg_873_pp0_iter1_reg == 1'd0))) begin
        res_V_data_3_V_write = 1'b1;
    end else begin
        res_V_data_3_V_write = 1'b0;
    end
end

always @ (*) begin
    if (((ap_enable_reg_pp0_iter2 == 1'b1) & (icmp_ln60_reg_873_pp0_iter1_reg == 1'd0) & (1'b0 == ap_block_pp0_stage0))) begin
        res_V_data_4_V_blk_n = res_V_data_4_V_full_n;
    end else begin
        res_V_data_4_V_blk_n = 1'b1;
    end
end

always @ (*) begin
    if (((1'b0 == ap_block_pp0_stage0_11001) & (ap_enable_reg_pp0_iter2 == 1'b1) & (icmp_ln60_reg_873_pp0_iter1_reg == 1'd0))) begin
        res_V_data_4_V_write = 1'b1;
    end else begin
        res_V_data_4_V_write = 1'b0;
    end
end

always @ (*) begin
    if (((ap_enable_reg_pp0_iter2 == 1'b1) & (icmp_ln60_reg_873_pp0_iter1_reg == 1'd0) & (1'b0 == ap_block_pp0_stage0))) begin
        res_V_data_5_V_blk_n = res_V_data_5_V_full_n;
    end else begin
        res_V_data_5_V_blk_n = 1'b1;
    end
end

always @ (*) begin
    if (((1'b0 == ap_block_pp0_stage0_11001) & (ap_enable_reg_pp0_iter2 == 1'b1) & (icmp_ln60_reg_873_pp0_iter1_reg == 1'd0))) begin
        res_V_data_5_V_write = 1'b1;
    end else begin
        res_V_data_5_V_write = 1'b0;
    end
end

always @ (*) begin
    if (((ap_enable_reg_pp0_iter2 == 1'b1) & (icmp_ln60_reg_873_pp0_iter1_reg == 1'd0) & (1'b0 == ap_block_pp0_stage0))) begin
        res_V_data_6_V_blk_n = res_V_data_6_V_full_n;
    end else begin
        res_V_data_6_V_blk_n = 1'b1;
    end
end

always @ (*) begin
    if (((1'b0 == ap_block_pp0_stage0_11001) & (ap_enable_reg_pp0_iter2 == 1'b1) & (icmp_ln60_reg_873_pp0_iter1_reg == 1'd0))) begin
        res_V_data_6_V_write = 1'b1;
    end else begin
        res_V_data_6_V_write = 1'b0;
    end
end

always @ (*) begin
    if (((ap_enable_reg_pp0_iter2 == 1'b1) & (icmp_ln60_reg_873_pp0_iter1_reg == 1'd0) & (1'b0 == ap_block_pp0_stage0))) begin
        res_V_data_7_V_blk_n = res_V_data_7_V_full_n;
    end else begin
        res_V_data_7_V_blk_n = 1'b1;
    end
end

always @ (*) begin
    if (((1'b0 == ap_block_pp0_stage0_11001) & (ap_enable_reg_pp0_iter2 == 1'b1) & (icmp_ln60_reg_873_pp0_iter1_reg == 1'd0))) begin
        res_V_data_7_V_write = 1'b1;
    end else begin
        res_V_data_7_V_write = 1'b0;
    end
end

always @ (*) begin
    if (((ap_enable_reg_pp0_iter2 == 1'b1) & (icmp_ln60_reg_873_pp0_iter1_reg == 1'd0) & (1'b0 == ap_block_pp0_stage0))) begin
        res_V_data_8_V_blk_n = res_V_data_8_V_full_n;
    end else begin
        res_V_data_8_V_blk_n = 1'b1;
    end
end

always @ (*) begin
    if (((1'b0 == ap_block_pp0_stage0_11001) & (ap_enable_reg_pp0_iter2 == 1'b1) & (icmp_ln60_reg_873_pp0_iter1_reg == 1'd0))) begin
        res_V_data_8_V_write = 1'b1;
    end else begin
        res_V_data_8_V_write = 1'b0;
    end
end

always @ (*) begin
    if (((ap_enable_reg_pp0_iter2 == 1'b1) & (icmp_ln60_reg_873_pp0_iter1_reg == 1'd0) & (1'b0 == ap_block_pp0_stage0))) begin
        res_V_data_9_V_blk_n = res_V_data_9_V_full_n;
    end else begin
        res_V_data_9_V_blk_n = 1'b1;
    end
end

always @ (*) begin
    if (((1'b0 == ap_block_pp0_stage0_11001) & (ap_enable_reg_pp0_iter2 == 1'b1) & (icmp_ln60_reg_873_pp0_iter1_reg == 1'd0))) begin
        res_V_data_9_V_write = 1'b1;
    end else begin
        res_V_data_9_V_write = 1'b0;
    end
end

always @ (*) begin
    if (((start_once_reg == 1'b0) & (real_start == 1'b1))) begin
        start_write = 1'b1;
    end else begin
        start_write = 1'b0;
    end
end

always @ (*) begin
    case (ap_CS_fsm)
        ap_ST_fsm_state1 : begin
            if ((~((real_start == 1'b0) | (ap_done_reg == 1'b1)) & (1'b1 == ap_CS_fsm_state1))) begin
                ap_NS_fsm = ap_ST_fsm_pp0_stage0;
            end else begin
                ap_NS_fsm = ap_ST_fsm_state1;
            end
        end
        ap_ST_fsm_pp0_stage0 : begin
            if ((~((1'b0 == ap_block_pp0_stage0_subdone) & (icmp_ln60_fu_589_p2 == 1'd1) & (ap_enable_reg_pp0_iter0 == 1'b1) & (ap_enable_reg_pp0_iter1 == 1'b0)) & ~((1'b0 == ap_block_pp0_stage0_subdone) & (ap_enable_reg_pp0_iter2 == 1'b1) & (ap_enable_reg_pp0_iter1 == 1'b0)))) begin
                ap_NS_fsm = ap_ST_fsm_pp0_stage0;
            end else if ((((1'b0 == ap_block_pp0_stage0_subdone) & (icmp_ln60_fu_589_p2 == 1'd1) & (ap_enable_reg_pp0_iter0 == 1'b1) & (ap_enable_reg_pp0_iter1 == 1'b0)) | ((1'b0 == ap_block_pp0_stage0_subdone) & (ap_enable_reg_pp0_iter2 == 1'b1) & (ap_enable_reg_pp0_iter1 == 1'b0)))) begin
                ap_NS_fsm = ap_ST_fsm_state5;
            end else begin
                ap_NS_fsm = ap_ST_fsm_pp0_stage0;
            end
        end
        ap_ST_fsm_state5 : begin
            ap_NS_fsm = ap_ST_fsm_state1;
        end
        default : begin
            ap_NS_fsm = 'bx;
        end
    endcase
end

assign ap_CS_fsm_pp0_stage0 = ap_CS_fsm[32'd1];

assign ap_CS_fsm_state1 = ap_CS_fsm[32'd0];

assign ap_CS_fsm_state5 = ap_CS_fsm[32'd2];

assign ap_block_pp0_stage0 = ~(1'b1 == 1'b1);

always @ (*) begin
    ap_block_pp0_stage0_01001 = (((io_acc_block_signal_op96 == 1'b0) & (ap_enable_reg_pp0_iter2 == 1'b1) & (icmp_ln60_reg_873_pp0_iter1_reg == 1'd0)) | ((io_acc_block_signal_op44 == 1'b0) & (ap_enable_reg_pp0_iter1 == 1'b1) & (icmp_ln60_reg_873 == 1'd0)));
end

always @ (*) begin
    ap_block_pp0_stage0_11001 = (((io_acc_block_signal_op96 == 1'b0) & (ap_enable_reg_pp0_iter2 == 1'b1) & (icmp_ln60_reg_873_pp0_iter1_reg == 1'd0)) | ((io_acc_block_signal_op44 == 1'b0) & (ap_enable_reg_pp0_iter1 == 1'b1) & (icmp_ln60_reg_873 == 1'd0)));
end

always @ (*) begin
    ap_block_pp0_stage0_subdone = (((io_acc_block_signal_op96 == 1'b0) & (ap_enable_reg_pp0_iter2 == 1'b1) & (icmp_ln60_reg_873_pp0_iter1_reg == 1'd0)) | ((io_acc_block_signal_op44 == 1'b0) & (ap_enable_reg_pp0_iter1 == 1'b1) & (icmp_ln60_reg_873 == 1'd0)));
end

always @ (*) begin
    ap_block_state1 = ((real_start == 1'b0) | (ap_done_reg == 1'b1));
end

assign ap_block_state2_pp0_stage0_iter0 = ~(1'b1 == 1'b1);

always @ (*) begin
    ap_block_state3_pp0_stage0_iter1 = ((io_acc_block_signal_op44 == 1'b0) & (icmp_ln60_reg_873 == 1'd0));
end

always @ (*) begin
    ap_block_state4_pp0_stage0_iter2 = ((io_acc_block_signal_op96 == 1'b0) & (icmp_ln60_reg_873_pp0_iter1_reg == 1'd0));
end

assign ap_enable_pp0 = (ap_idle_pp0 ^ 1'b1);

assign ap_ready = internal_ap_ready;

assign i_fu_595_p2 = (i_0_reg_578 + 8'd1);

assign icmp_ln1494_10_fu_795_p2 = (($signed(tmp_data_V_10_reg_942) > $signed(16'd0)) ? 1'b1 : 1'b0);

assign icmp_ln1494_11_fu_808_p2 = (($signed(tmp_data_V_11_reg_948) > $signed(16'd0)) ? 1'b1 : 1'b0);

assign icmp_ln1494_12_fu_821_p2 = (($signed(tmp_data_V_12_reg_954) > $signed(16'd0)) ? 1'b1 : 1'b0);

assign icmp_ln1494_13_fu_834_p2 = (($signed(tmp_data_V_13_reg_960) > $signed(16'd0)) ? 1'b1 : 1'b0);

assign icmp_ln1494_14_fu_847_p2 = (($signed(tmp_data_V_14_reg_966) > $signed(16'd0)) ? 1'b1 : 1'b0);

assign icmp_ln1494_15_fu_860_p2 = (($signed(tmp_data_V_15_reg_972) > $signed(16'd0)) ? 1'b1 : 1'b0);

assign icmp_ln1494_1_fu_678_p2 = (($signed(tmp_data_V_1_reg_888) > $signed(16'd0)) ? 1'b1 : 1'b0);

assign icmp_ln1494_2_fu_691_p2 = (($signed(tmp_data_V_2_reg_894) > $signed(16'd0)) ? 1'b1 : 1'b0);

assign icmp_ln1494_3_fu_704_p2 = (($signed(tmp_data_V_3_reg_900) > $signed(16'd0)) ? 1'b1 : 1'b0);

assign icmp_ln1494_4_fu_717_p2 = (($signed(tmp_data_V_4_reg_906) > $signed(16'd0)) ? 1'b1 : 1'b0);

assign icmp_ln1494_5_fu_730_p2 = (($signed(tmp_data_V_5_reg_912) > $signed(16'd0)) ? 1'b1 : 1'b0);

assign icmp_ln1494_6_fu_743_p2 = (($signed(tmp_data_V_621_reg_918) > $signed(16'd0)) ? 1'b1 : 1'b0);

assign icmp_ln1494_7_fu_756_p2 = (($signed(tmp_data_V_7_reg_924) > $signed(16'd0)) ? 1'b1 : 1'b0);

assign icmp_ln1494_8_fu_769_p2 = (($signed(tmp_data_V_8_reg_930) > $signed(16'd0)) ? 1'b1 : 1'b0);

assign icmp_ln1494_9_fu_782_p2 = (($signed(tmp_data_V_9_reg_936) > $signed(16'd0)) ? 1'b1 : 1'b0);

assign icmp_ln1494_fu_665_p2 = (($signed(tmp_data_V_0_reg_882) > $signed(16'd0)) ? 1'b1 : 1'b0);

assign icmp_ln60_fu_589_p2 = ((i_0_reg_578 == 8'd169) ? 1'b1 : 1'b0);

assign io_acc_block_signal_op44 = (data_V_data_9_V_empty_n & data_V_data_8_V_empty_n & data_V_data_7_V_empty_n & data_V_data_6_V_empty_n & data_V_data_5_V_empty_n & data_V_data_4_V_empty_n & data_V_data_3_V_empty_n & data_V_data_2_V_empty_n & data_V_data_1_V_empty_n & data_V_data_15_V_empty_n & data_V_data_14_V_empty_n & data_V_data_13_V_empty_n & data_V_data_12_V_empty_n & data_V_data_11_V_empty_n & data_V_data_10_V_empty_n & data_V_data_0_V_empty_n);

assign io_acc_block_signal_op96 = (res_V_data_9_V_full_n & res_V_data_8_V_full_n & res_V_data_7_V_full_n & res_V_data_6_V_full_n & res_V_data_5_V_full_n & res_V_data_4_V_full_n & res_V_data_3_V_full_n & res_V_data_2_V_full_n & res_V_data_1_V_full_n & res_V_data_15_V_full_n & res_V_data_14_V_full_n & res_V_data_13_V_full_n & res_V_data_12_V_full_n & res_V_data_11_V_full_n & res_V_data_10_V_full_n & res_V_data_0_V_full_n);

assign res_V_data_0_V_din = ((icmp_ln1494_fu_665_p2[0:0] === 1'b1) ? tmp_data_V_0_reg_882 : 16'd0);

assign res_V_data_10_V_din = ((icmp_ln1494_10_fu_795_p2[0:0] === 1'b1) ? tmp_data_V_10_reg_942 : 16'd0);

assign res_V_data_11_V_din = ((icmp_ln1494_11_fu_808_p2[0:0] === 1'b1) ? tmp_data_V_11_reg_948 : 16'd0);

assign res_V_data_12_V_din = ((icmp_ln1494_12_fu_821_p2[0:0] === 1'b1) ? tmp_data_V_12_reg_954 : 16'd0);

assign res_V_data_13_V_din = ((icmp_ln1494_13_fu_834_p2[0:0] === 1'b1) ? tmp_data_V_13_reg_960 : 16'd0);

assign res_V_data_14_V_din = ((icmp_ln1494_14_fu_847_p2[0:0] === 1'b1) ? tmp_data_V_14_reg_966 : 16'd0);

assign res_V_data_15_V_din = ((icmp_ln1494_15_fu_860_p2[0:0] === 1'b1) ? tmp_data_V_15_reg_972 : 16'd0);

assign res_V_data_1_V_din = ((icmp_ln1494_1_fu_678_p2[0:0] === 1'b1) ? tmp_data_V_1_reg_888 : 16'd0);

assign res_V_data_2_V_din = ((icmp_ln1494_2_fu_691_p2[0:0] === 1'b1) ? tmp_data_V_2_reg_894 : 16'd0);

assign res_V_data_3_V_din = ((icmp_ln1494_3_fu_704_p2[0:0] === 1'b1) ? tmp_data_V_3_reg_900 : 16'd0);

assign res_V_data_4_V_din = ((icmp_ln1494_4_fu_717_p2[0:0] === 1'b1) ? tmp_data_V_4_reg_906 : 16'd0);

assign res_V_data_5_V_din = ((icmp_ln1494_5_fu_730_p2[0:0] === 1'b1) ? tmp_data_V_5_reg_912 : 16'd0);

assign res_V_data_6_V_din = ((icmp_ln1494_6_fu_743_p2[0:0] === 1'b1) ? tmp_data_V_621_reg_918 : 16'd0);

assign res_V_data_7_V_din = ((icmp_ln1494_7_fu_756_p2[0:0] === 1'b1) ? tmp_data_V_7_reg_924 : 16'd0);

assign res_V_data_8_V_din = ((icmp_ln1494_8_fu_769_p2[0:0] === 1'b1) ? tmp_data_V_8_reg_930 : 16'd0);

assign res_V_data_9_V_din = ((icmp_ln1494_9_fu_782_p2[0:0] === 1'b1) ? tmp_data_V_9_reg_936 : 16'd0);

assign start_out = real_start;

endmodule //relu_array_array_ap_fixed_16u_relu_config10_s